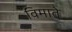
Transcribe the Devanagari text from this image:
विमाते